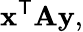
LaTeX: \mathbf{x}^{\mathsf{T}}\mathbf{Ay},